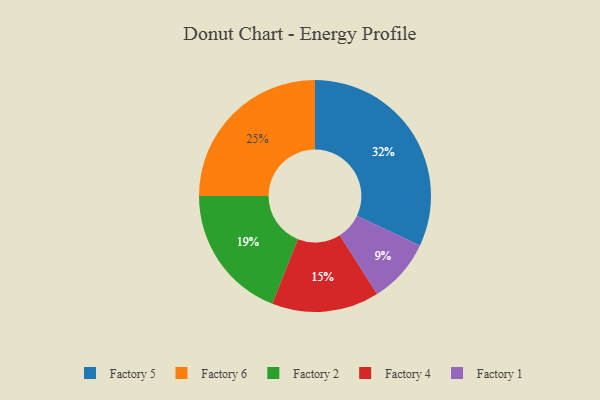
{"axis": {"x": "Category", "y": "Percentage"}, "legend": ["Factory 1", "Factory 2", "Factory 4", "Factory 5", "Factory 6"], "data": [{"x": "Factory 5", "y": 32, "type": "Factory 5"}, {"x": "Factory 6", "y": 25, "type": "Factory 6"}, {"x": "Factory 1", "y": 9, "type": "Factory 1"}, {"x": "Factory 2", "y": 19, "type": "Factory 2"}, {"x": "Factory 4", "y": 15, "type": "Factory 4"}]}